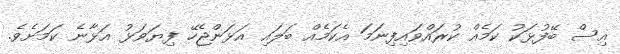
އިސް ބޭފުޅަކު ކަމެއް ކުރައްވައިފިނަމަ އެކަމެއް ބަލައި އަޅަންޖެހޭ ފިޔަވަޅު އަޅާނެ ކަމަށެވެ.